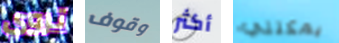
تروي وقوف أكثر يمكنني